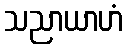
သညာယာဟံ